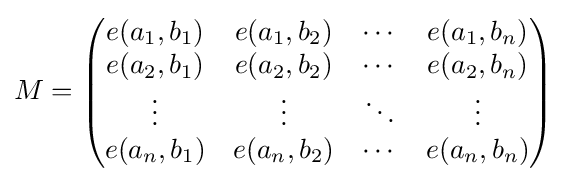
M={\begin{pmatrix}e(a_{1},b_{1})&e(a_{1},b_{2})&\cdots &e(a_{1},b_{n})\\e(a_{2},b_{1})&e(a_{2},b_{2})&\cdots &e(a_{2},b_{n})\\\vdots &\vdots &\ddots &\vdots \\e(a_{n},b_{1})&e(a_{n},b_{2})&\cdots &e(a_{n},b_{n})\end{pmatrix}}